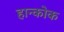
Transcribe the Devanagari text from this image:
हान्कोक